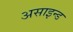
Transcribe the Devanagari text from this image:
असाइन्ड